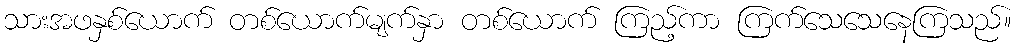
သားအဖနှစ်ယောက် တစ်ယောက်မျက်နှာ တစ်ယောက် ကြည့်ကာ ကြက်သေသေနေကြသည်။